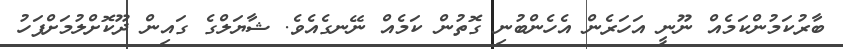
ބާރުކަމުންކަމެއް ނޫނީ އަހަރެން އެހެންބުނި ގޮތުން ކަމެއް ނޭނގެއެވެ. ޝާޔަލްގެ ގައިން ދޫކޮށްލުމަށްފަހު